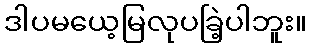
ဒါပမယေ့မြလုပခြဲ့ပါဘူး။